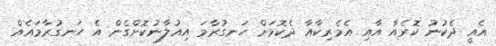
އެއީ ދެކުނު ކޮރެއާ އާއި އެމެރިކާއާ ދެކޮޅަށް ހަނގުރާމަ އިއުލާނުކޮށްގެން އެ ހަނގުރާމައެއް